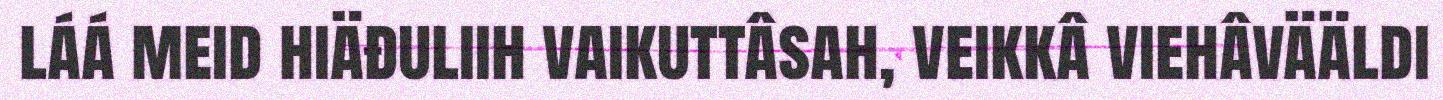
láá meid hiäđuliih vaikuttâsah, veikkâ viehâvääldi